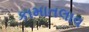
કામાતલાવ